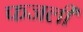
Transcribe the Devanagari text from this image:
फजली